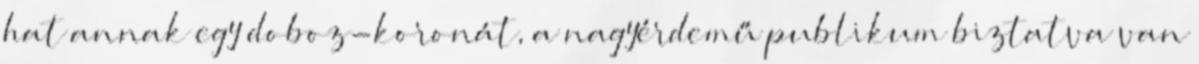
hat annak egy doboz-koronát, a nagyérdemű publikum biztatva van